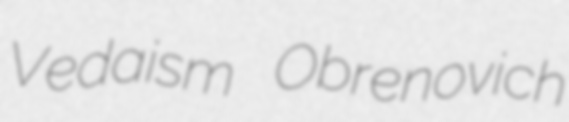
Vedaism Obrenovich